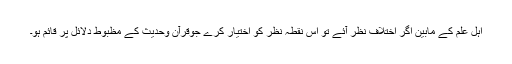
اہل علم کے مابین اگر اختلاف نظر آئے تو اُس نقطۂ نظر کو اختیار کرے جوقرآن وحدیث کے مظبوط دلائل پر قائم ہو۔